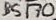
Text: BS170